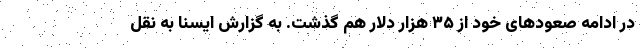
در ادامه صعودهای خود از ۳۵ هزار دلار هم گذشت. به گزارش ایسنا به نقل